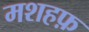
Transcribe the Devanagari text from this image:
मशहफ़